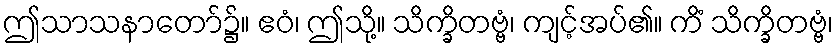
ဤသာသနာတော်၌။ ဧဝံ၊ ဤသို့။ သိက္ခိတဗ္ဗံ၊ ကျင့်အပ်၏။ ကိံ သိက္ခိတဗ္ဗံ၊